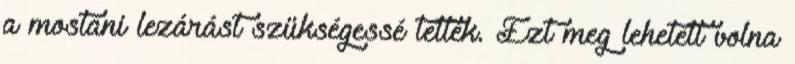
a mostani lezárást szükségessé tették. Ezt meg lehetett volna